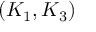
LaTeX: ( K _ { 1 } , K _ { 3 } )